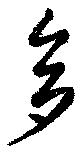
多